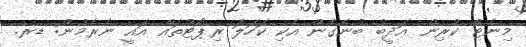
މިނެޓް ކުރިން އަދީބު ބުނެގެން އެކި ކަހަލަ ރިޕޯޓުތައް އައީ ނެރެމުން: ޑރ.